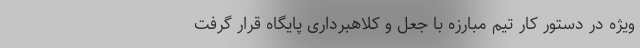
ویژه در دستور کار تیم مبارزه با جعل و کلاهبرداری پایگاه قرار گرفت